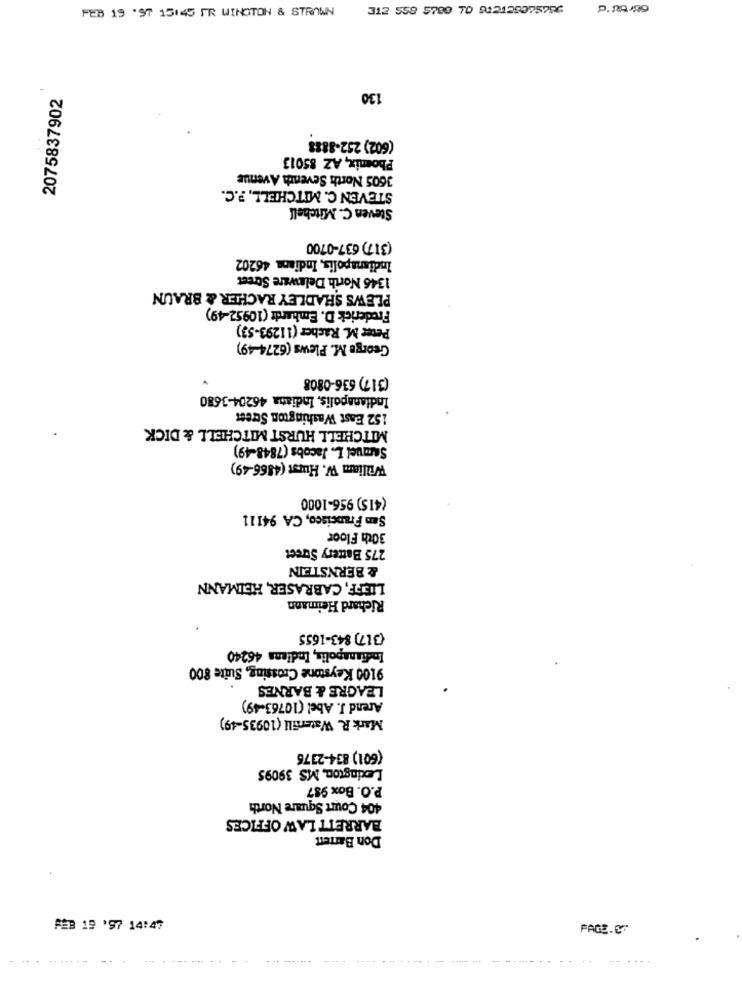
-
2075837902
130
(602) 252-8888
Phomix, AZ 85013
3605 North Seventh Avenue
STEVEN C. MITCHELL, P.C.
Steven C. Mitchell
(317) 637-0700
Indianapolis, Indiana 46202
1346 North Delaware Street
PLEWS SHADLEY RACHER & BRAUN
Frederick D. Emhardt (10952-49)
Peter M. Racher (11293-53)
George M. Plews (6274-49)
(317) 636-0808
Indianapolis, Indiana 46204-3680
152 East Washington Street
MITCHELL HURST MITCHELL & DICK
Samuel L. Jacobs (7848-49)
William W. Hurst (4866-49)
(415) 956-1000
San Francisco, CA 94111
30th Floor
275 Battery Street
& BERNSTEIN
LIEFF, CABRASER, HEIMANN
Richard Heimann
(317) 843-1655
Indianapolis, Indiens 46240
9100 Keystone Crossing, Suite 800
LEAGRE & BARNES
Arend J. Abel (10763-49)
Mark R. Waterfill (10935-49)
(601) 834-2376
Lexington, MS 39095
P.O. Box 987
404 Court Square North
BARRETT LAW OFFICES
Don Barrett
PAGE.CO